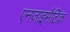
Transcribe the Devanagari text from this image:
एनज़ाइमैटिक